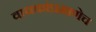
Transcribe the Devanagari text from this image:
वाचकांप्रमाणेच